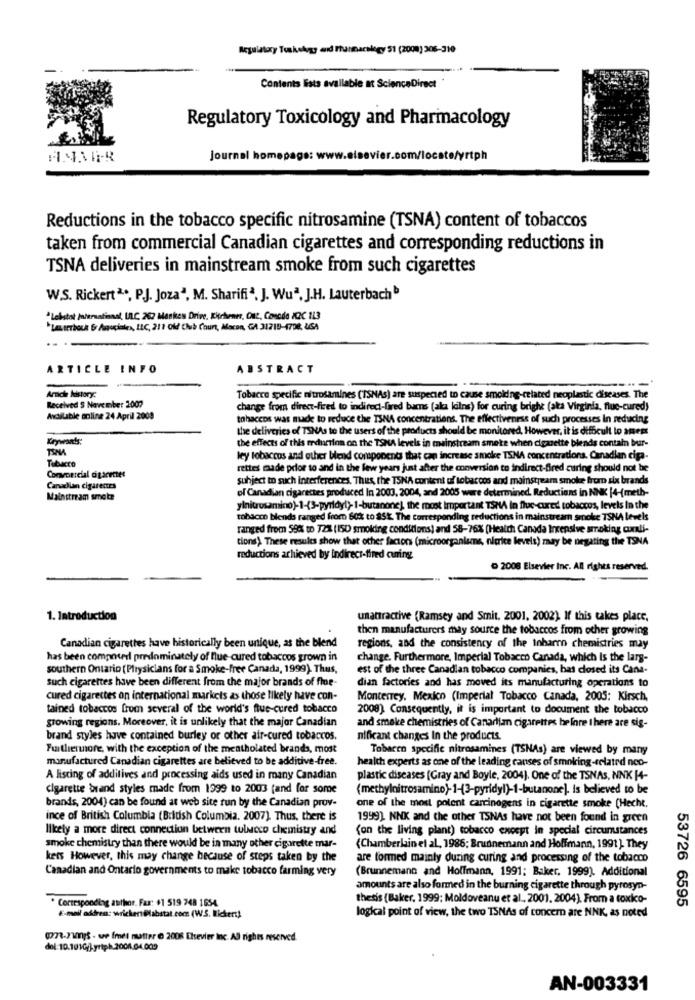
Regulatory Toskehogy and Thusmarslegy 51 (2008) 205-319
Contents lists available at ScienceDirect
Regulatory Toxicology and Pharmacology
Journal homepage: www.elsevier.com/locate/yrtph
Reductions in the tobacco specific nitrosamine (TSNA) content of tobaccos
taken from commercial Canadian cigarettes and corresponding reductions in
TSNA deliveries in mainstream smoke from such cigarettes
W.S. Rickert2 ., P.J. Joza", M. Sharifi ª. J. Wuª. J.H. Lauterbach
*Lekistot International, UL.C. 262 Maskes Drive. Kitchener, OIL, Casode /QC 113
"Las terbock fr Ansciales, LLC, 211 Old Club Court, Macon, GA 31715-1798, UGA
ARTICLE INFO
ABSTRACT
Article history:
Received S November 2007
Tobacco specific nitrosamines (TSNAs) are suspected to cause smoiding-related neoplastic diseases. The
change from direct-fired to indirect-fired barns (aka kilns) for curing bright (aka Virginia, fluc-cured)
Axdilable online 24 April 2009
tohaceos was made to reduce the TSNA concentrations. The effectiveness of such processes In reducing
the deliveries of TSNAs to the users of the products should be monitored, However, it is difficult to assess
Krywants:
the effects of this mauriinn on the TSNA levels in mainstream smeke when cigarette blends contain bur-
TINA
Tobacco
ley tobaccos and other blend components that can increase smoke TSNA concentrations, Canadian cipa-
rettes made prior to and in the few years just after the conversion to indirect-Bred curing should not be
Coespecial cigarettes
subject to such interferences. Thus, the TSNA content of tobaccos and mainstream smoke from six brands
Canadian cigarentes
of Canadian cigarettes produced In 2003, 2004, and 2005 were determined. Reductions in NNK |4-(meth-
Mainstream smote
ylnitrosamino)-1-(3-pyridyl)- 1-butanone), the most important TSMA in flue-cured tobaccos, levels In the
tobacco blends ranged from 60% to 85k. The corresponding reductions in mainstream smoke TSNA levels
ranged from 59% to 72% (ISO smoking conditions) and 58-76% (Health Canada Intensive smoking cxli-
tions). These results show that other factors (microorganisms, nierice levels) may be negating the TSNA
reductions achieved by indirect-fired curing.
2008 Elsevier Inc. All rights reserved.
1. Introduction
unattractive (Ramsey and Smit. 2001, 2002). If this takes place,
then manufacturers may source the tobaccos from other growing
Canadian cigarettes have historically been unique, as the blend
regions, and the consistency of the Inharno chemistries may
has been composer predominately of flue-cured tobaccos grown in
change. Furthermore, Imperial Tobacco Canada, which is the larg-
southern Ontario (Plrysicians for a Smoke-free Canada, 1999). Thus,
est of the three Canadian tobacco companies, bas closed its Cana-
dian factories and has moved its manufacturing operations to
such cigarettes have been different from the major brands of fle-
cured cigarettes on international markets as those likely have con-
Monterrey, Mexico (Imperial Tobacco Canada, 2005: Kirsch,
tained tobaccos from several of the world's ftus-cured tobacco
2008). Consequently, it is important to document the tobacco
growing regions. Moreover, it is unlikely that the major Canadian
and smoke chemistries of Canadian cigarettes before there are sig-
brand styles have contained burley or other air-cured tobaccos.
nificant changes In the products.
Furthermore, with the exception of the mentholated brands, most
Tobacco specific nitrosamines (TSNAs) are viewed by many
manufactured Canadian cigarettes are believed to be additive-free.
health experts as one of the leading canses of smoking-related neo-
A listing of additives and processing aids used in many Canadian
plastic diseases [Gray and Boyle, 2004). One of the TSNAs, NNK |4-
cigarette brand styles made from 1999 to 2003 (and for some
(methylnitrosamino)-1-(3-pyridyl)-1-butanone]. is believed to be
brands, 2004) can be found at web site run by the Canadian prov-
one of the most potent carcinogens in cigarette smoke (Hecht.
ince of British Columbia (British Columbia. 2007). Thus, there is
1999). NNK and the other TSNAs have not been found in green
Ilkety a more direct connection between tulucco chemistry and
(on the living plant) tobacco exospt in special circumstances
smoke chemistry than there would be in many other cigarette mar-
{Chamberlain et al, 1986; Brunnemann and Hoffmann, 1991). They
kets However, this may change because of steps taken by the
are formed mainly during curing and processing of the tobacco
Canadian and Ontario governments to make tobacco farming very
(Brunnemann and Holfmann, 1991; Baker, 1999). Additional
amounts are also formed in the burning cigarette through pyrosyo-
thetis (Baker, 1999; Moldoveanu et al ., 2001, 2004). From a toxico-
53726 6595
. Corresponding author. Fax: +1 519 748 1654
E-mail address: wrickert@labstat.com (W.S. Rickert)
logical point of view, the two TSNAs of concern are NNK, as noted
(72-2015 - we frei matter @ 2006 Elsevier inc. All rights reserved.
dol: 10.101G/l.yriph.2001.04.009
AN-003331